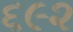
૬૯૨